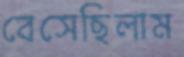
বেসেছিলাম